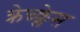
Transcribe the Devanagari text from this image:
क्रेच्क्लेस